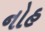
નોહ